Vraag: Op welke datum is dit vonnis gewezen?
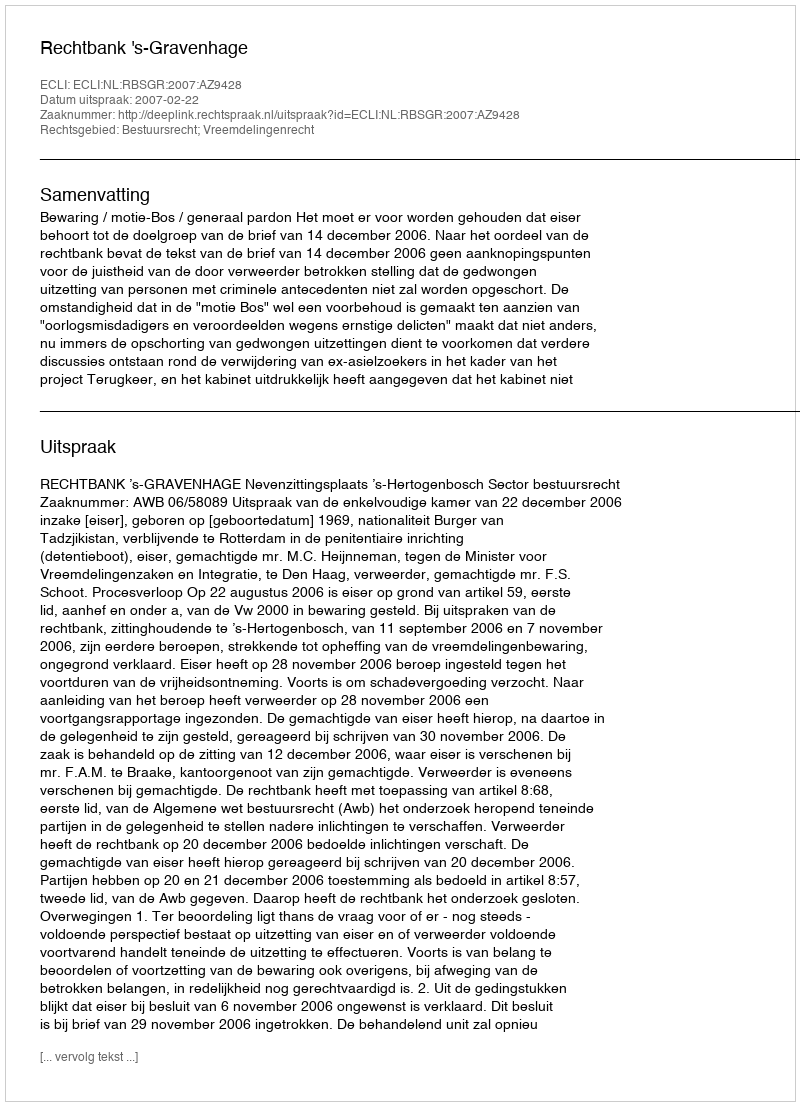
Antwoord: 2007-02-22